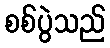
စစ်ပွဲသည်